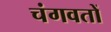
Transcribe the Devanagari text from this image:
चंगवतों